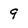
Character: 9